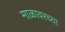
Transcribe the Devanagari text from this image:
माळावरच्या